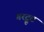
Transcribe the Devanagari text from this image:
गरट्रूट